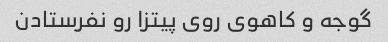
گوجه و کاهوی روی پیتزا رو نفرستادن